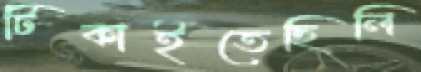
টিকাইতেছিলি